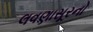
લવણાસૂરનો